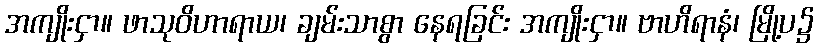
အကျိုးငှာ။ ဖာသုဝိဟာရာယ၊ ချမ်းသာစွာ နေရခြင်း အကျိုးငှာ။ ဗာဟိရာနံ၊ မြို့ပ၌